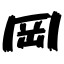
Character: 岡